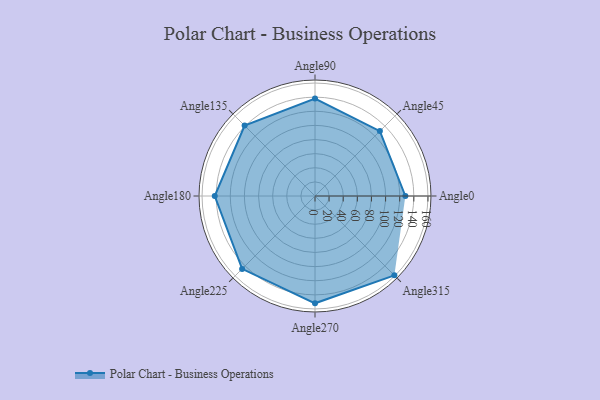
{"axis": {"x": "Angle", "y": "Radius"}, "legend": [""], "data": [{"x": "Angle0", "y": 128.0, "type": ""}, {"x": "Angle45", "y": 130.0, "type": ""}, {"x": "Angle90", "y": 138.0, "type": ""}, {"x": "Angle135", "y": 141.0, "type": ""}, {"x": "Angle180", "y": 142.0, "type": ""}, {"x": "Angle225", "y": 146.0, "type": ""}, {"x": "Angle270", "y": 152.0, "type": ""}, {"x": "Angle315", "y": 159.0, "type": ""}]}